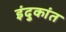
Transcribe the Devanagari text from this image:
इंदुकांत